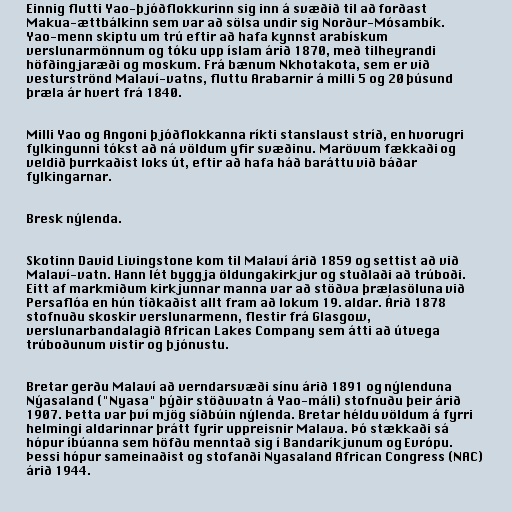
Einnig flutti Yao-þjóðflokkurinn sig inn á svæðið til að forðast
Makua-ættbálkinn sem var að sölsa undir sig Norður-Mósambík.
Yao-menn skiptu um trú eftir að hafa kynnst arabískum
verslunarmönnum og tóku upp íslam árið 1870, með tilheyrandi
höfðingjaræði og moskum. Frá bænum Nkhotakota, sem er við
vesturströnd Malaví-vatns, fluttu Arabarnir á milli 5 og 20 þúsund
þræla ár hvert frá 1840.

Milli Yao og Angoni þjóðflokkanna ríkti stanslaust stríð, en hvorugri
fylkingunni tókst að ná völdum yfir svæðinu. Marövum fækkaði og
veldið þurrkaðist loks út, eftir að hafa háð baráttu við báðar
fylkingarnar.

Bresk nýlenda.

Skotinn David Livingstone kom til Malaví árið 1859 og settist að við
Malaví-vatn. Hann lét byggja öldungakirkjur og stuðlaði að trúboði.
Eitt af markmiðum kirkjunnar manna var að stöðva þrælasöluna við
Persaflóa en hún tíðkaðist allt fram að lokum 19. aldar. Árið 1878
stofnuðu skoskir verslunarmenn, flestir frá Glasgow,
verslunarbandalagið African Lakes Company sem átti að útvega
trúboðunum vistir og þjónustu.

Bretar gerðu Malaví að verndarsvæði sínu árið 1891 og nýlenduna
Nýasaland ("Nyasa" þýðir stöðuvatn á Yao-máli) stofnuðu þeir árið
1907. Þetta var því mjög síðbúin nýlenda. Bretar héldu völdum á fyrri
helmingi aldarinnar þrátt fyrir uppreisnir Malava. Þó stækkaði sá
hópur íbúanna sem höfðu menntað sig í Bandaríkjunum og Evrópu.
Þessi hópur sameinaðist og stofanði Nyasaland African Congress (NAC)
árið 1944.